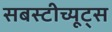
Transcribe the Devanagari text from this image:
सबस्टीच्यूट्स